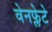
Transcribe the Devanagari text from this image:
वेनफ्लेटे